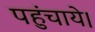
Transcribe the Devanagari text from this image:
पहुंचाये।